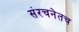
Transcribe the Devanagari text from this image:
संरचनेतच